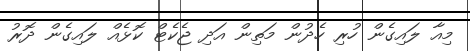
މިއާ ލައިގެން ހުރި ހެދުން މަތިން އަދި ޖެކެޓް ކޮޅެއް ލައިގެން ދޮރު